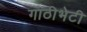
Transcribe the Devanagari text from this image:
गाठीभेटी